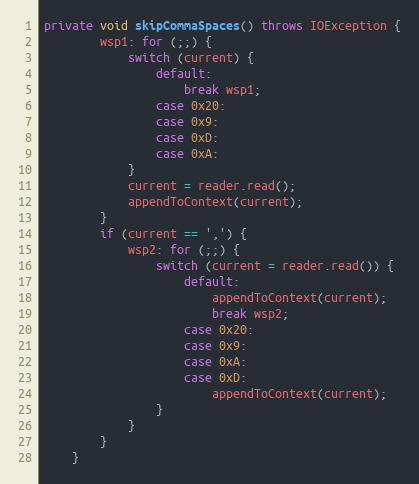
Language: Java
private void skipCommaSpaces() throws IOException {
        wsp1: for (;;) {
            switch (current) {
                default:
                    break wsp1;
                case 0x20:
                case 0x9:
                case 0xD:
                case 0xA:
            }
            current = reader.read();
            appendToContext(current);
        }
        if (current == ',') {
            wsp2: for (;;) {
                switch (current = reader.read()) {
                    default:
                        appendToContext(current);
                        break wsp2;
                    case 0x20:
                    case 0x9:
                    case 0xA:
                    case 0xD:
                        appendToContext(current);
                }
            }
        }
    }